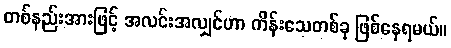
တစ်နည်းအားဖြင့် အလင်းအလျှင်ဟာ ကိန်းသေတစ်ခု ဖြစ်နေရမယ်။